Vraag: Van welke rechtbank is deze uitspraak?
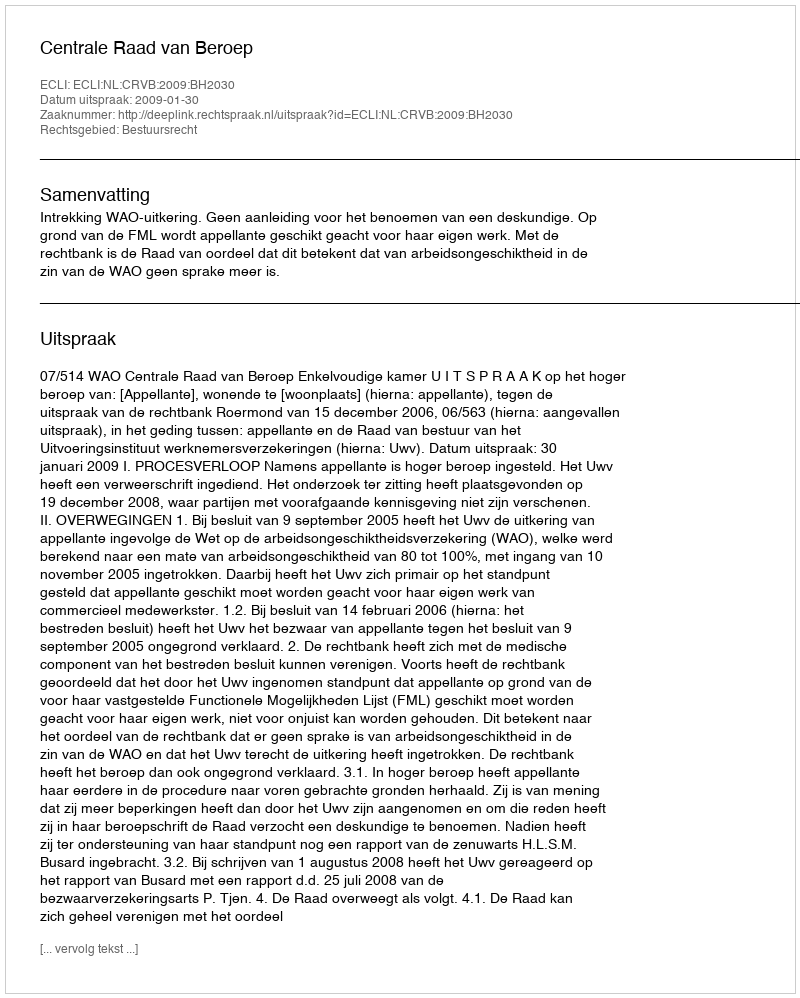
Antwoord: Centrale Raad van Beroep